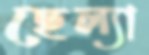
ছেল্যা